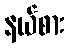
နယ်စား